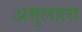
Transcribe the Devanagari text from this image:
अमुलहस